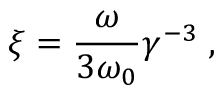
\xi = \frac { \omega } { 3 \omega _ { 0 } } \gamma ^ { - 3 } \; ,